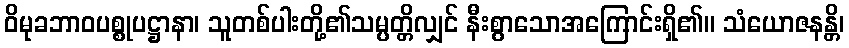
ဝိမုခဘာဝပစ္စုပဋ္ဌာနာ၊ သူတစ်ပါးတို့၏သမ္ပတ္တိလျှင် နီးစွာသောအကြောင်းရှိ၏။ သံယောဇနန္တိ၊